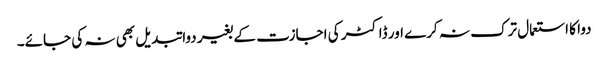
دوا کا استعمال ترک نہ کرے اور ڈاکٹر کی اجازت کے بغیر دوا تبدیل بھی نہ کی جائے۔